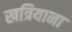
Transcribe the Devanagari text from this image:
खत्रियाना